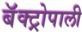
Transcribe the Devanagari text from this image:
बॅक्ट्रोपाली